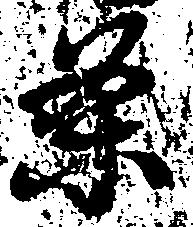
条